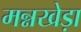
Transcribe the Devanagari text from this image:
मन्नखेड़ा